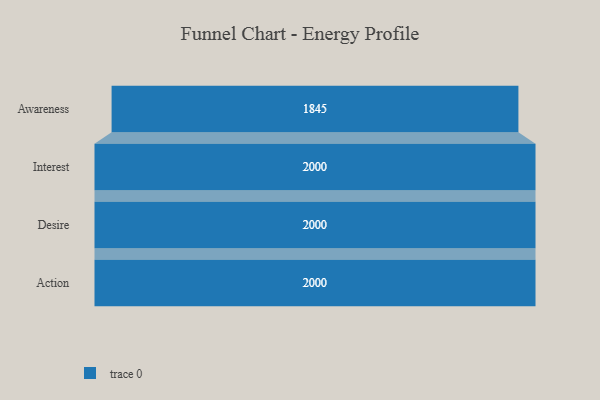
{"axis": {"x": "Stage", "y": "Value"}, "legend": [""], "data": [{"x": "Awareness", "y": 1845.0, "type": ""}, {"x": "Interest", "y": 2000, "type": ""}, {"x": "Desire", "y": 2000, "type": ""}, {"x": "Action", "y": 2000, "type": ""}]}